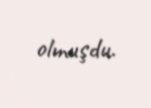
olmuşdu.